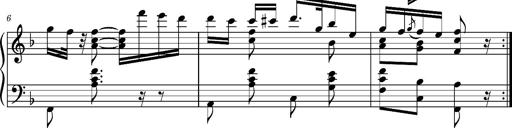
Title: Ungarischer Romanzero
Composer: Franz Liszt